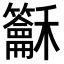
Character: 𥤖